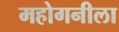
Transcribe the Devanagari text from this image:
महोगनीला